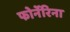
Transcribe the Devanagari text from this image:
फोर्नेरिना